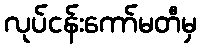
လုပ်ငန်းကော်မတီမှ